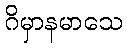
ဂိမှာနမာသေ